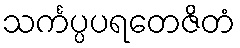
သင်္ကပ္ပပရတေဇိတံ